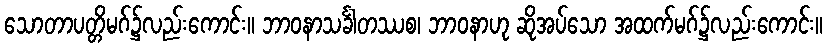
သောတာပတ္တိမဂ်၌လည်းကောင်း။ ဘာဝနာသင်္ခါတဿစ၊ ဘာဝနာဟု ဆိုအပ်သော အထက်မဂ်၌လည်းကောင်း။